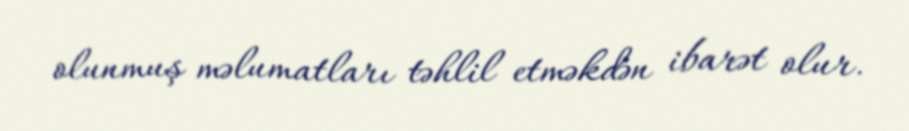
olunmuş məlumatları təhlil etməkdən ibarət olur.